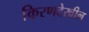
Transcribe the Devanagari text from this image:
किरणदेखील